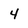
Character: 4